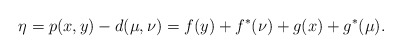
\begin{align*}\eta = p(x,y) - d(\mu,\nu) = f(y) + f^*(\nu) + g(x) + g^*(\mu). \end{align*}